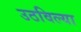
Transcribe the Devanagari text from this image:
उठविल्या